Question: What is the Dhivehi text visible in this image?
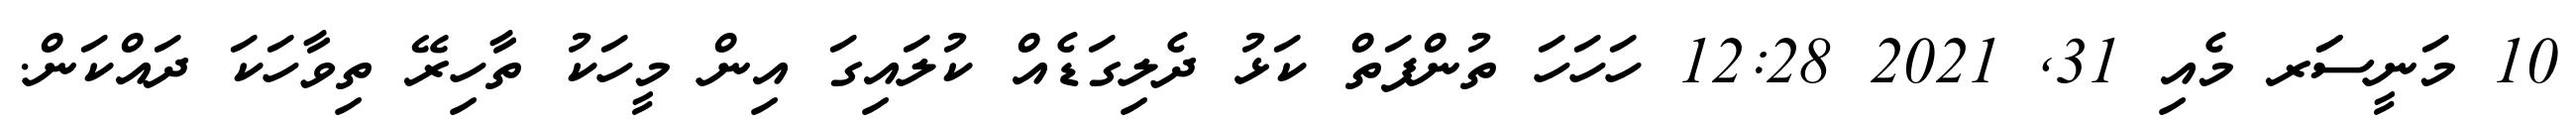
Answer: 10 މަނީސަަރ މެއި 31, 2021 12:28 ހަހަހަ ތުންފަތް ކަޅު ދެލިގަޑެއް ކުލައިގަ އިން މީހަކު ތާހިރޭ ތިވާހަކަ ދައްކަން.